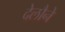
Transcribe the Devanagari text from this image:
देलौने